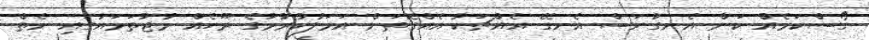
ގޯސްކަމެއް ކަން އެނގުނަސް އެނގޭ އެއްޗަކާ އެއްގޮތަށް އަމަލުކުރުމުގެ ރޫހެއް މުޖުތަމައުގައި ނެތް